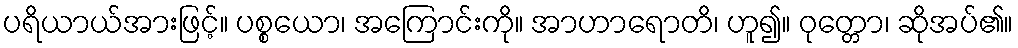
ပရိယာယ်အားဖြင့်။ ပစ္စယော၊ အကြောင်းကို။ အာဟာရောတိ၊ ဟူ၍။ ဝုတ္တော၊ ဆိုအပ်၏။